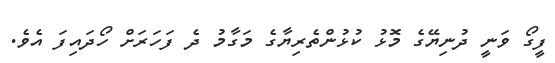
ފީގޯ ވަނީ ދުނިޔޭގެ މޮޅު ކުޅުންތެރިޔާގެ މަގާމު ދެ ފަހަރަށް ހޯދައިފަ އެވެ.